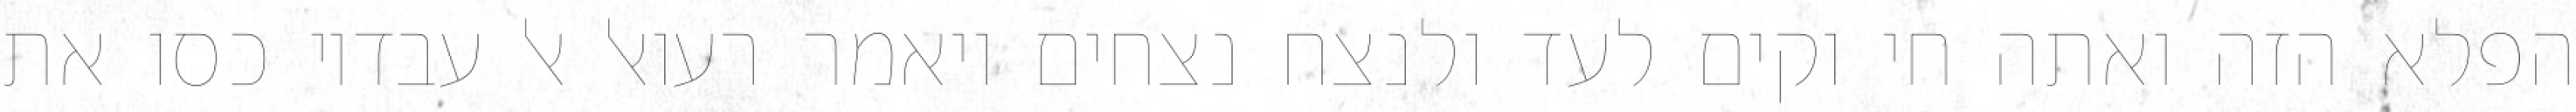
הפלא הזה ואתה חי וקים לעד ולנצח נצחים ויאמר רעואל אל עבדיו כסו את